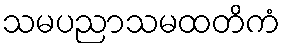
သမပညာသမထတိကံ